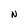
Character: N